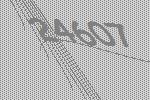
24607